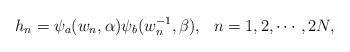
\begin{align*}h_n=\psi_a(w_n,\alpha)\psi_b(w^{-1}_n,\beta), ~~n=1,2,\cdots,2N,\end{align*}